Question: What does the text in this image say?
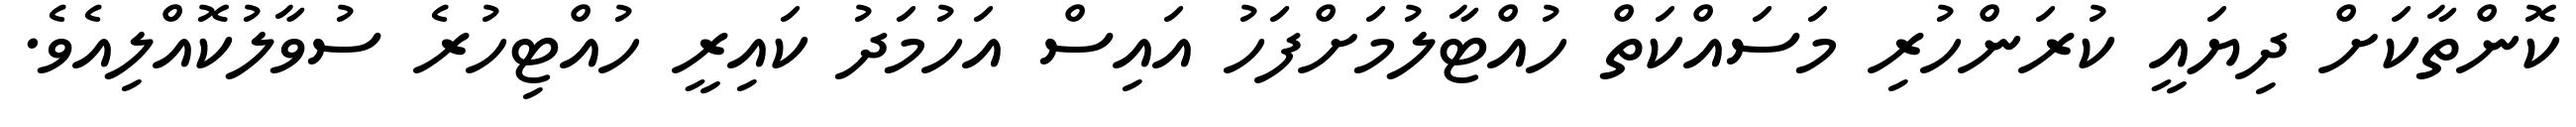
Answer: ކޮންތާކަށް ދިޔައީ ކުރަންހުރި މަސައްކަތް ހުއްޓާލުމަށްފަހު އައިސް އަހުމަދު ކައިރީ ހުއްޓިހުރެ ސުވާލުކޮއްލިއެވެ.